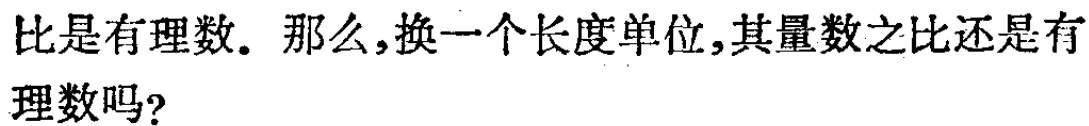
比是有理数。那么,换一个长度单位,其量数之比还是有理数吗?